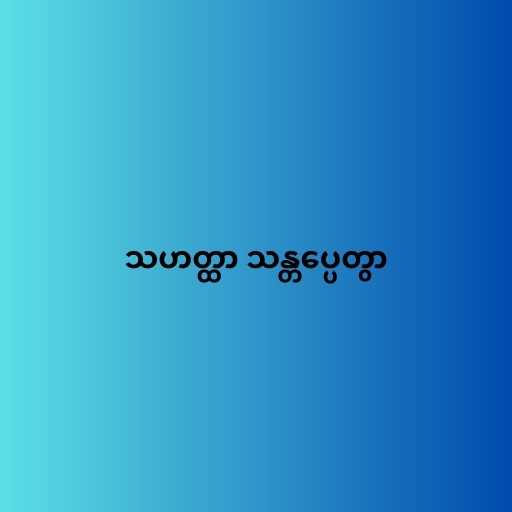
သဟတ္ထာ သန္တပ္ပေတွာ